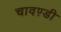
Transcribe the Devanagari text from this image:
चावण़्डी